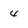
Character: 4